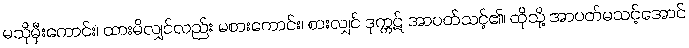
မသိုမှီးကောင်း၊ ထားမိလျှင်လည်း မစားကောင်း၊ စားလျှင် ဒုက္ကဋ် အာပတ်သင့်၏၊ ထိုသို့ အာပတ်မသင့်အောင်